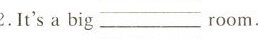
2.It's a big _room.